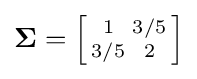
{\boldsymbol {\Sigma }}=\left[{\begin{smallmatrix}1&3/5\\3/5&2\end{smallmatrix}}\right]